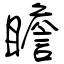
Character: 瞻